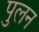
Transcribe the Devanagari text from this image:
पुलन